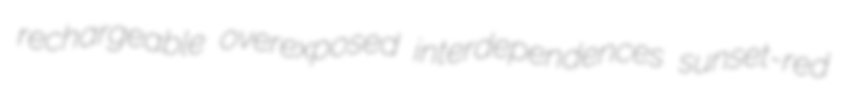
rechargeable overexposed interdependences sunset-red